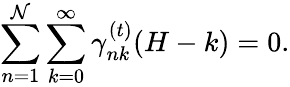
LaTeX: \sum_{n=1}^{\mathcal{N}}\sum_{k=0}^{\infty}\gamma_{nk}^{(t)}(H-k)=0.